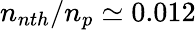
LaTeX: n_{nth}/n_{p}\simeq 0.012